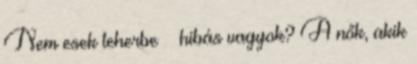
Nem esek teherbe – hibás vagyok? A nők, akik